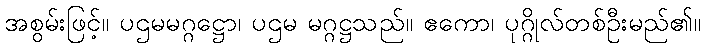
အစွမ်းဖြင့်။ ပဌမမဂ္ဂဋ္ဌော၊ ပဌမ မဂ္ဂဋ္ဌသည်။ ဧကော၊ ပုဂ္ဂိုလ်တစ်ဦးမည်၏။